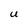
Character: U